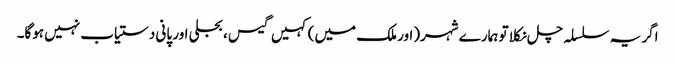
اگر یہ سلسلہ چل نکلا تو ہمارے شہر(اور ملک میں) کہیں گیس ، بجلی اور پانی دستیاب نہیں ہوگا۔